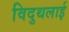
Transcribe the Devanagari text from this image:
विदुथलाई